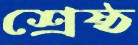
শ্রেষ্ঠ